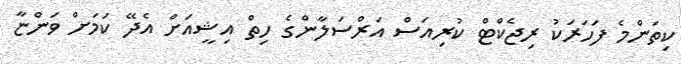
ކިތަންމެ ފަހަރަކު ރިޖެކްޓް ކުރިއަސް އަރްސަލާންގެ ހިތް އިޝީއަށް އެދޭ ކަމަށް ވަންޏާ